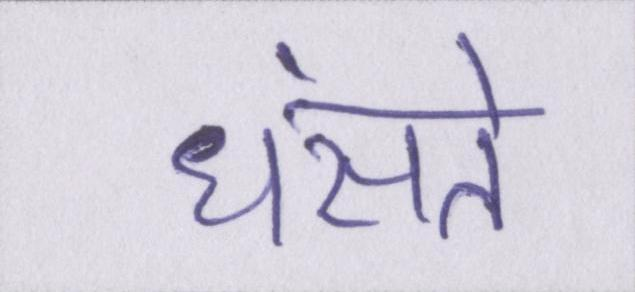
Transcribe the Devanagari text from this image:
धंसते